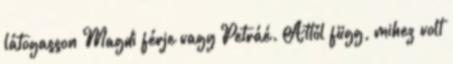
látogasson Magdi férje vagy Petráé. Attól függ, mihez volt